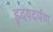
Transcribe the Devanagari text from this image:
हृदयदर्पण